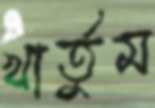
খার্তুম